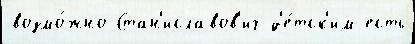
возмо́жно Стан'иславов'ич д'е́тск'им есть